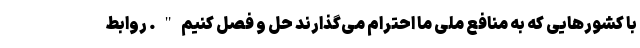
با کشورهایی که به منافع ملی ما احترام می‌گذارند حل و فصل کنیم". روابط